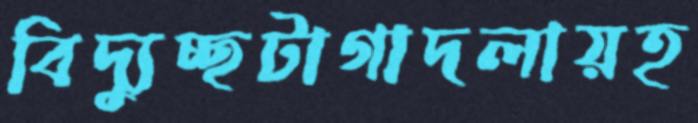
বিদ্যুচ্ছটাগাদলায়হ